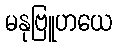
မနုဗြူဟယေ